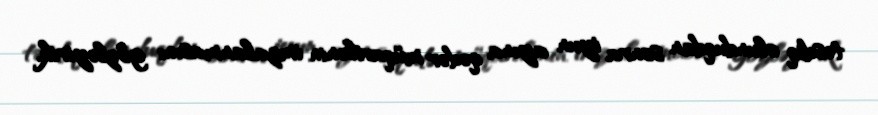
təsdiq olunduqdan sonra iyun ayına qədər müqavilənin imzalanmasını gözləyirik.